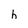
Character: h